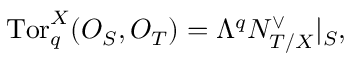
\mathrm { T o r } _ { q } ^ { X } ( { \cal O } _ { S } , { \cal O } _ { T } ) = \Lambda ^ { q } { \cal N } _ { T / X } ^ { \vee } | _ { S } ,